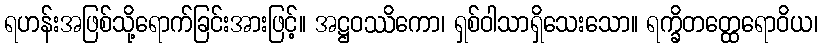
ရဟန်းအဖြစ်သို့ရောက်ခြင်းအားဖြင့်။ အဋ္ဌဝဿိကော၊ ရှစ်ဝါသာရှိသေးသော။ ရက္ခိတတ္ထေရောဝိယ၊